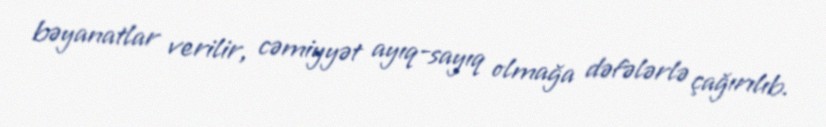
bəyanatlar verilir, cəmiyyət ayıq-sayıq olmağa dəfələrlə çağırılıb.